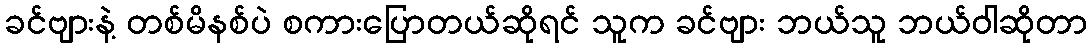
ခင်ဗျားနဲ့ တစ်မိနစ်ပဲ စကားပြောတယ်ဆိုရင် သူက ခင်ဗျား ဘယ်သူ ဘယ်ဝါဆိုတာ